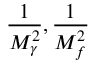
\frac { 1 } { M _ { \gamma } ^ { 2 } } , \frac { 1 } { M _ { f } ^ { 2 } }